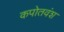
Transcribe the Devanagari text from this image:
कपोतवंश